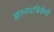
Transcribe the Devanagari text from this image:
ज्ञानपत्रिकेचे